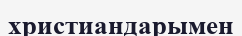
христиандарымен